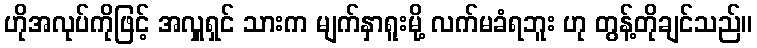
ဟိုအလုပ်ကိုဖြင့် အလှူရှင် သားက မျက်နှာရူးမို့ လက်မခံရဘူး ဟု တွန့်တိုချင်သည်။